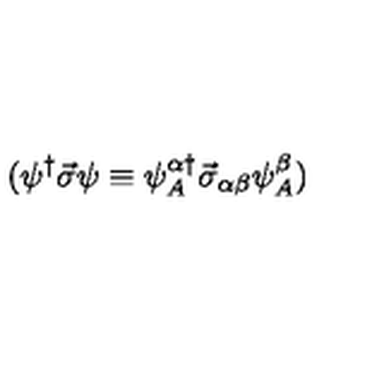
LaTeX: ( \psi ^ { \dagger } \vec { \sigma } \psi \equiv \psi _ { A } ^ { \alpha \dagger } \vec { \sigma } _ { \alpha \beta } \psi _ { A } ^ { \beta } )